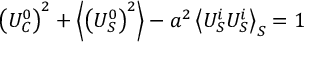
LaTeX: \left( U _ { C } ^ { 0 } \right) ^ { 2 } + \left\langle \left( U _ { S } ^ { 0 } \right) ^ { 2 } \right\rangle - a ^ { 2 } \left\langle U _ { S } ^ { i } U _ { S } ^ { i } \right\rangle _ { S } = 1